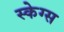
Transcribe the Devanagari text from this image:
स्केग्स